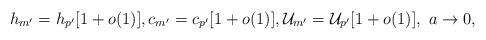
LaTeX: \begin{align*}h_{m'} = h_{p'}[1 + o(1)],c_{m'} = c_{p'}[1 + o(1)],\mathcal{U}_{m'} =\mathcal{U}_{p'}[1 + o(1)], \,\,a \rightarrow 0, \end{align*}